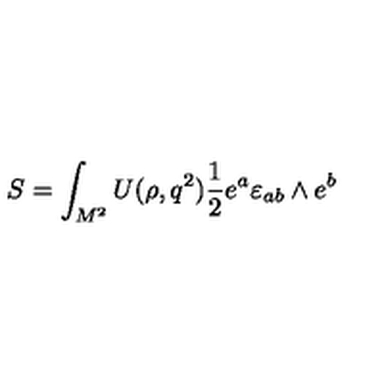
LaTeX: S = \int _ { M ^ { 2 } } ^ { } U ( \rho , q ^ { 2 } ) { \frac { 1 } { 2 } } e ^ { a } \varepsilon _ { a b } \wedge e ^ { b }